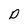
Character: D